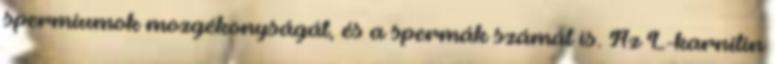
spermiumok mozgékonyságát, és a spermák számát is. Az L-karnitin